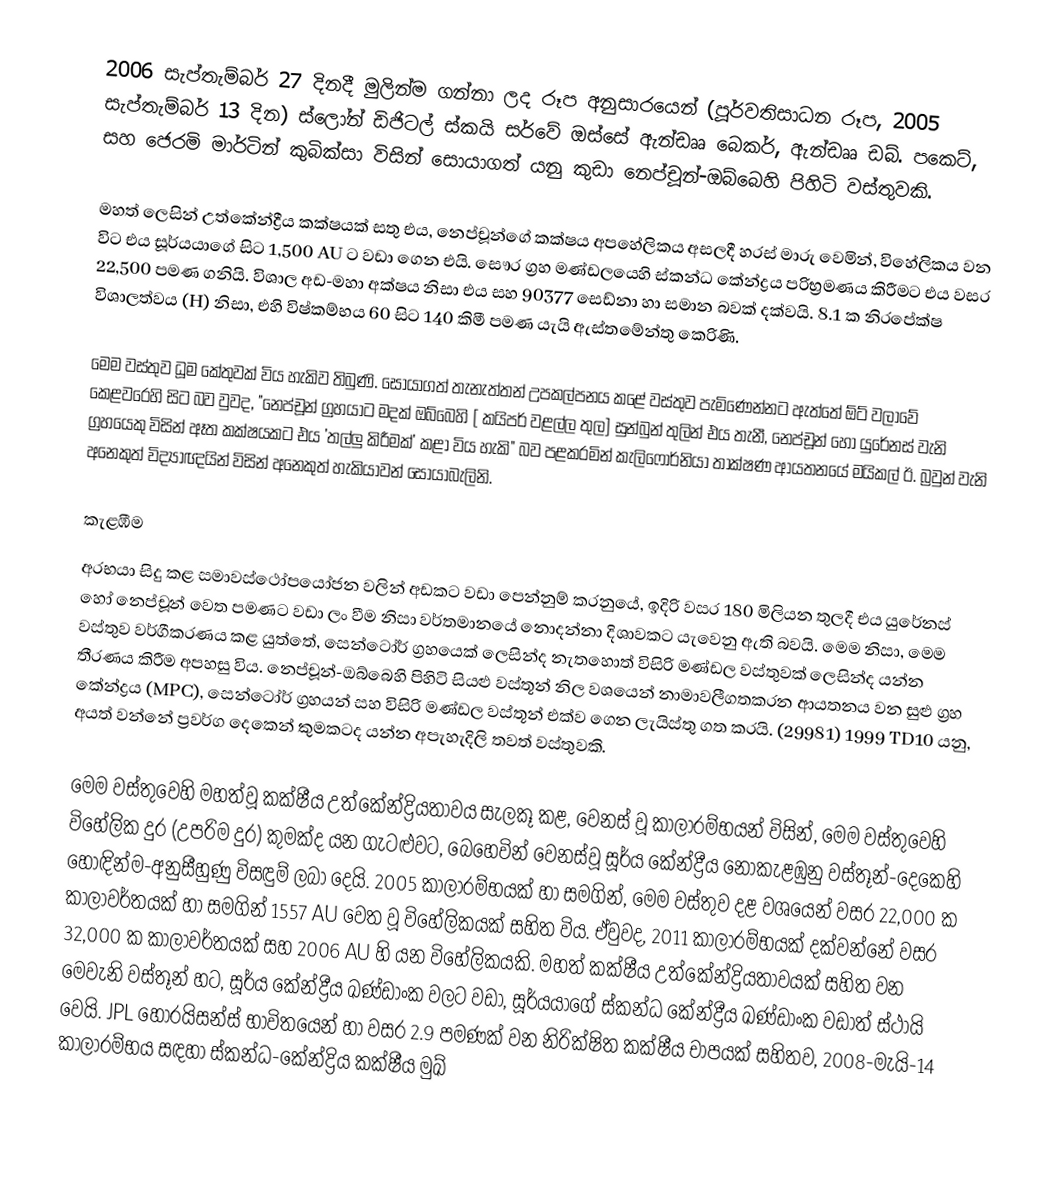
2006 සැප්තැම්බර් 27 දිනදී මුලින්ම ගන්නා ලද රූප අනුසාරයෙන්  (පූර්වතිසාධන රූප, 2005 සැප්තැම්බර් 13 දින) ස්ලෝන් ඩිජිටල් ස්කයි සර්වේ ඔස්සේ  ඇන්ඩෲ  බෙකර්, ඇන්ඩෲ ඩබ්. පකෙට්, සහ  ජෙරමි මාර්ටින් කුබික්සා විසින් සොයාගත්  යනු කුඩා   නෙප්චූන්-ඔබ්බෙහි පිහිටි  වස්තුවකි.

මහත් ලෙසින් උත්කේන්ද්‍රීය කක්ෂයක් සතු එය, නෙප්චූන්ගේ කක්ෂය අපහේලිකය අසලදී හරස් මාරු වෙමින්, විහේලිකය වන විට එය සූර්යයාගේ සිට 1,500 AU ට වඩා ගෙන එයි. සෞර ග්‍රහ මණ්ඩලයෙහි ස්කන්ධ කේන්ද්‍රය පරිභ්‍රමණය කිරීමට එය වසර  22,500 පමණ ගනියි. විශාල අඩ-මහා අක්ෂය නිසා එය  සහ 90377 සෙඩ්නා හා සමාන බවක් දක්වයි. 8.1 ක  නිරපේක්ෂ විශාලත්වය (H) නිසා, එහි විෂ්කම්භය 60 සිට 140 කිමී පමණ යැයි ඇස්තමේන්තු කෙරිණි.

මෙම වස්තුව ධූම කේතුවක් විය හැකිව තිබුණි.  සොයාගත් තැනැත්තන් උපකල්පනය  කළේ වස්තුව පැමිණෙන්නට ඇත්තේ  ඕට් වලාවේ කෙළවරෙහි සිට බව වුවද, "නෙප්චූන් ග්‍රහයාට මදක් ඔබ්බෙහි  [ කයිපර් වළල්ල තුල]  සුන්බුන් තුලින් එය තැනී, නෙප්චූන් හෝ යුරේනස් වැනි ග්‍රහයෙකු විසින් ඈත කක්ෂයකට එය  'තල්ලු කිරීමක්'  කළා විය හැකි" බව පළකරමින්    කැලිෆෝර්නියා තාක්ෂණ ආයතනයේ  මයිකල් ඊ. බ්‍රවුන් වැනි අනෙකුත් විද්‍යාඥයින් විසින් අනෙකුත් හැකියාවන් සොයාබැලිනි.

කැළඹීම
 අරභයා සිදු කළ සමාවස්ථෝපයෝජන වලින් අඩකට වඩා පෙන්නුම් කරනුයේ, ඉදිරි වසර 180 මිලියන තුලදී එය යුරේනස් හෝ නෙප්චූන් වෙත පමණට වඩා ලං වීම නිසා වර්තමානයේ නොදන්නා දිශාවකට යැවෙනු ඇති බවයි.  මෙම නිසා, මෙම වස්තුව  වර්ගීකරණය කළ යුත්තේ, සෙන්ටෝර් ග්‍රහයෙක් ලෙසින්ද නැතහොත්   විසිරි මණ්ඩල  වස්තුවක් ලෙසින්ද යන්න තීරණය කිරීම අපහසු විය. නෙප්චූන්-ඔබ්බෙහි පිහිටි  සියළු වස්තූන් නිල වශයෙන් නාමාවලීගතකරන ආයතනය වන  සුළු ග්‍රහ කේන්ද්‍රය (MPC), සෙන්ටෝර් ග්‍රහයන් සහ විසිරි මණ්ඩල වස්තූන් එක්ව ගෙන ලැයිස්තු ගත කරයි.   (29981) 1999 TD10 යනු, අයත් වන්නේ  ප්‍රවර්ග දෙකෙන් කුමකටද යන්න අපැහැදිලි තවත් වස්තුවකි.

මෙම වස්තුවෙහි මහත්වූ කක්ෂීය උත්කේන්ද්‍රියතාවය සැලකූ කළ, වෙනස් වූ  කාලාරම්භයන් විසින්, මෙම වස්තුවෙහි විහේලික දුර (උපරිම දුර) කුමක්ද යන ගැටළුවට, බෙහෙවින් වෙනස්වූ සූර්ය කේන්ද්‍රීය  නොකැළඹුනු වස්තූන්-දෙකෙහි හොඳින්ම-අනුසීහුණු විසඳුම් ලබා දෙයි. 2005 කාලාරම්භයක් හා සමගින්, මෙම වස්තුව දළ වශයෙන් වසර 22,000 ක කාලාවර්තයක් හා සමගින් 1557 AU වෙත වූ විහේලිකයක් සහිත විය.  ඒවුවද,  2011 කාලාරම්භයක් දක්වන්නේ  වසර 32,000 ක කාලාවර්තයක් සහ  2006 AU හි යන විහේලිකයකි.  මහත් කක්ෂීය උත්කේන්ද්‍රියතාවයක් සහිත වන මෙවැනි වස්තූන් හට, සූර්ය කේන්ද්‍රීය ඛණ්ඩාංක වලට වඩා, සූර්යයාගේ   ස්කන්ධ කේන්ද්‍රීය ඛණ්ඩාංක වඩාත් ස්ථායි වෙයි.  JPL හොරයිසන්ස් භාවිතයෙන් හා වසර 2.9  පමණක් වන නිරික්ෂිත කක්ෂීය චාපයක් සහිතව, 2008-මැයි-14 කාලාරම්භය සඳහා ස්කන්ධ-කේන්ද්‍රිය කක්ෂීය මුඛ්‍